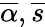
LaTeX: \overline{{\alpha}},\overline{{s}}